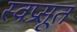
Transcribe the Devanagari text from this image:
स्वप्रसूत